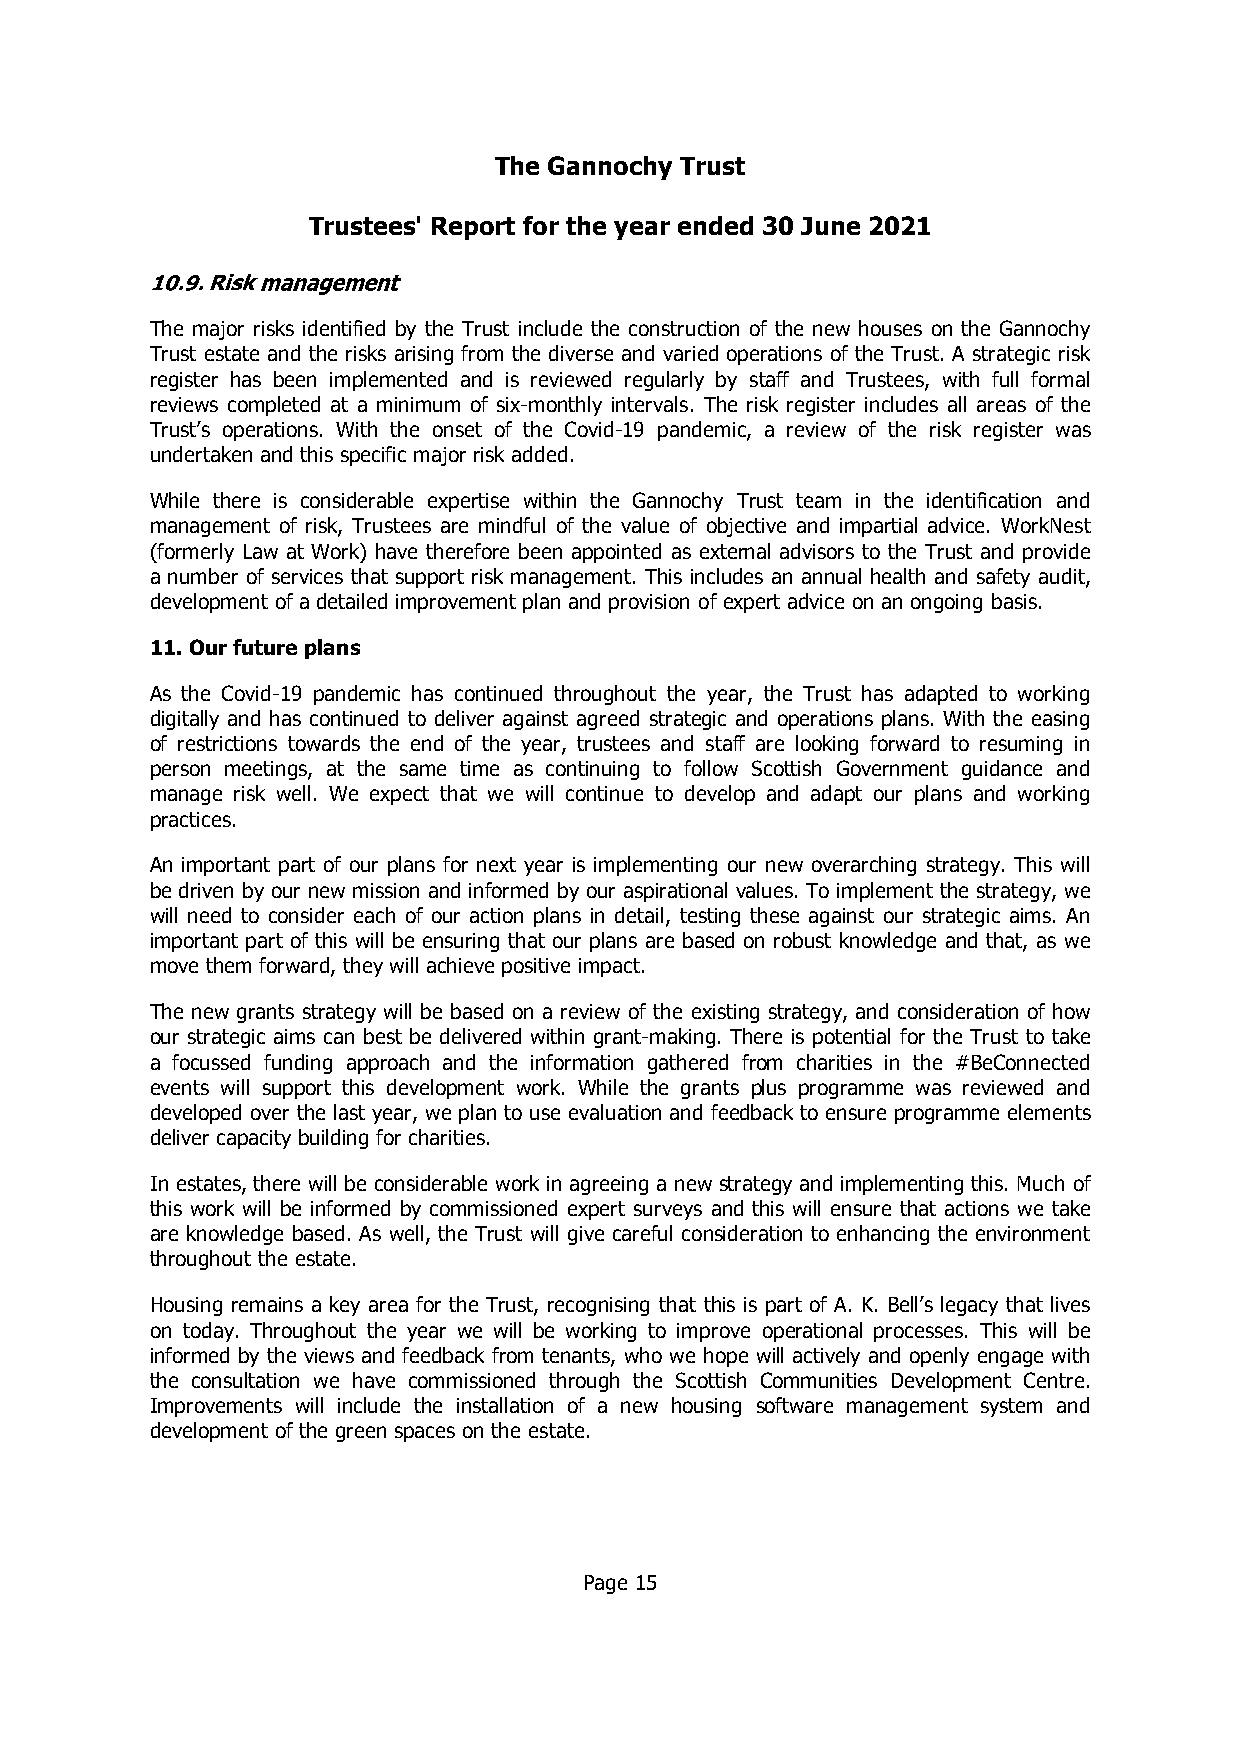
The Gannochy Trust
 Trustees' Report for the year ended 30 June 2021
 The major risks identified by the Trust include the construction of the new houses on the Gannochy
 Trust estate and the risks arising from the diverse and varied operations of the Trust. A strategic risk
 register has been implemented and is reviewed regularly by staff and Trustees, with full formal
 reviews completed at a minimum of six-monthly intervals. The risk register includes all areas of the
 Trust’s operations. With the onset of the Covid-19 pandemic, a review of the risk register was
 undertaken and this specific major risk added.
 While there is considerable expertise within the Gannochy Trust team in the identification and
 management of risk, Trustees are mindful of the value of objective and impartial advice. WorkNest
 (formerly Law at Work) have therefore been appointed as external advisors to the Trust and provide
 a number of services that support risk management. This includes an annual health and safety audit,
 development of a detailed improvement plan and provision of expert advice on an ongoing basis.
 11. Our future plans
 As the Covid-19 pandemic has continued throughout the year, the Trust has adapted to working
 digitally and has continued to deliver against agreed strategic and operations plans. With the easing
 of restrictions towards the end of the year, trustees and staff are looking forward to resuming in
 person meetings, at the same time as continuing to follow Scottish Government guidance and
 manage risk well. We expect that we will continue to develop and adapt our plans and working
 practices.
 An important part of our plans for next year is implementing our new overarching strategy. This will
 be driven by our new mission and informed by our aspirational values. To implement the strategy, we
 will need to consider each of our action plans in detail, testing these against our strategic aims. An
 important part of this will be ensuring that our plans are based on robust knowledge and that, as we
 move them forward, they will achieve positive impact.
 The new grants strategy will be based on a review of the existing strategy, and consideration of how
 our strategic aims can best be delivered within grant-making. There is potential for the Trust to take
 a focussed funding approach and the information gathered from charities in the #BeConnected
 events will support this development work. While the grants plus programme was reviewed and
 developed over the last year, we plan to use evaluation and feedback to ensure programme elements
 deliver capacity building for charities.
 In estates, there will be considerable work in agreeing a new strategy and implementing this. Much of
 this work will be informed by commissioned expert surveys and this will ensure that actions we take
 are knowledge based. As well, the Trust will give careful consideration to enhancing the environment
 throughout the estate.
 Housing remains a key area for the Trust, recognising that this is part of A. K. Bell’s legacy that lives
 on today. Throughout the year we will be working to improve operational processes. This will be
 informed by the views and feedback from tenants, who we hope will actively and openly engage with
 the consultation we have commissioned through the Scottish Communities Development Centre.
 Improvements will include the installation of a new housing software management system and
 development of the green spaces on the estate.
 Page 15